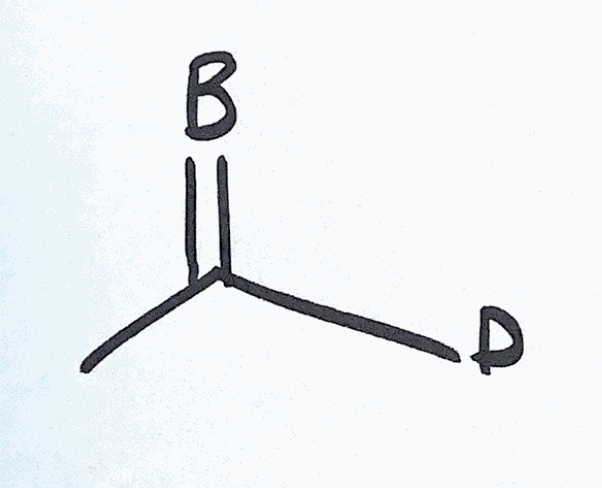
Simplified molecular-input line-entry system (SMILES) notation of the given molecule:
[2H]C(=[B])C